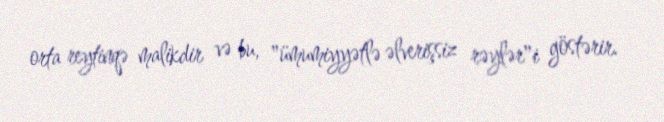
orta reytinqə malikdir və bu, "ümumiyyətlə əlverişsiz rəylər"i göstərir.